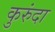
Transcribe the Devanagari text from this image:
कुरुंदा